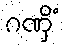
ဂဏှိံ